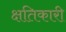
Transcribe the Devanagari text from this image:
क्षतिकारी